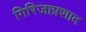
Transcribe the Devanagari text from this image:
गिरिजाप्रशाद